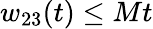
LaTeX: w_{23}(t)\leq Mt